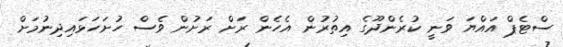
ސްޓެޕް އައްޔަ ވަނީ ކުރެންދޫގެ އިތުރުން އެހެން ރަށް ރަށުން ވެސް ހުށަހަޅައިދިނުމަށް